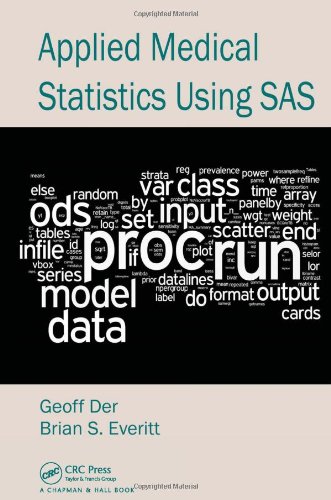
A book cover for Applied Medical Statistics Using SAS; Geoff Der; Medical Books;